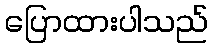
ပြောထားပါသည်